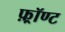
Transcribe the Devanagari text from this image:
फ़्रॉण्ट